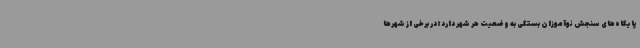
پایگاه‌های سنجش نوآموزان بستگی به وضعیت هر شهر دارد؛در برخی از شهرها